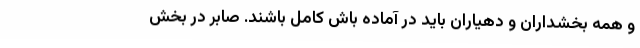
و همه بخشداران و دهیاران باید در آماده باش کامل باشند. صابر در بخش